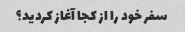
سفر خود را از کجا آغاز کردید؟